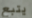
يتبع